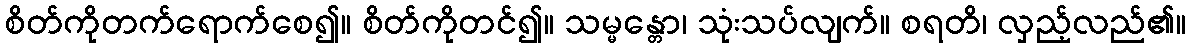
စိတ်ကိုတက်ရောက်စေ၍။ စိတ်ကိုတင်၍။ သမ္မန္တော၊ သုံးသပ်လျက်။ စရတိ၊ လှည့်လည်၏။